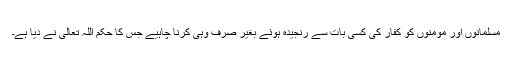
مسلمانوں اور مومنوں کو کفار کی کسی بات سے رنجیدہ ہوئے بغیر صرف وہی کرنا چاہیے جس کا حکم اللہ تعالیٰ نے دیا ہے۔